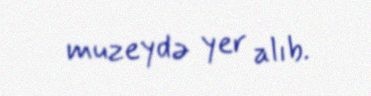
muzeydə yer alıb.